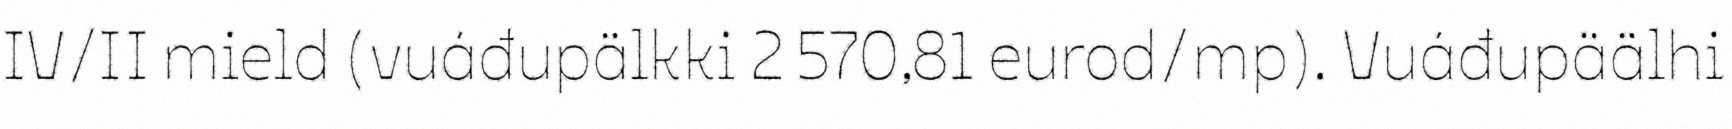
IV/II mield (vuáđupälkki 2 570,81 eurod/mp). Vuáđupäälhi